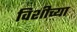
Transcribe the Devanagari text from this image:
विशीच्या